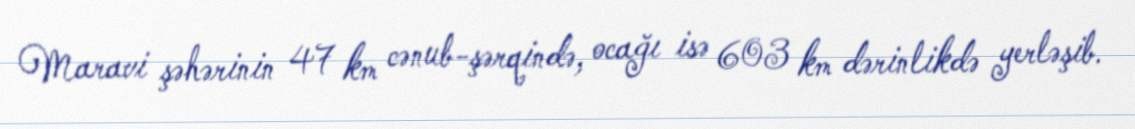
Maravi şəhərinin 47 km cənub-şərqində, ocağı isə 603 km dərinlikdə yerləşib.